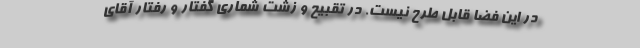
در این فضا قابل طرح نیست. در تقبیح و زشت شماری گفتار و رفتار آقای